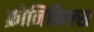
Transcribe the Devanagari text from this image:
क्रोनिकिल्स